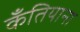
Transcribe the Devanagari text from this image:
कँतियाना